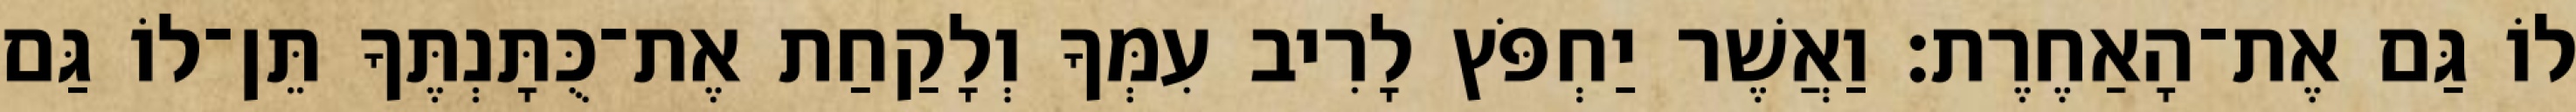
לוֹ גַּם אֶת־הָאַחֶרֶת׃ וַאֲשֶׁר יַחְפֹּץ לָרִיב עִמְּךָ וְלָקַחַת אֶת־כֻּתָּנְתֶּךָ תֵּן־לוֹ גַּם